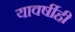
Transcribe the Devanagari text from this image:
यावर्षीही